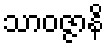
သာဝဇ္ဇာနိ